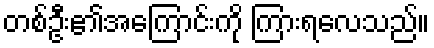
တစ်ဦး၏အကြောင်းကို ကြားရလေသည်။